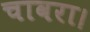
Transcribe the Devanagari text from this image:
चावरा।